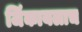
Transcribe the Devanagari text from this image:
जिंकायलाच